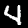
Digit: 4